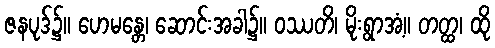
ဇနပုဒ်၌။ ဟေမန္တေ၊ ဆောင်းအခါ၌။ ဝဿတိ၊ မိုးရွာအံ့။ တတ္ထ၊ ထို